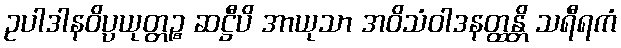
ဥပါဒါနဝိပ္ပယုတ္တဉ္စ ဆဋ္ဌီပိ အာယုသာ အဝိသံဝါဒနတ္ထန္တိ သရီရကံ